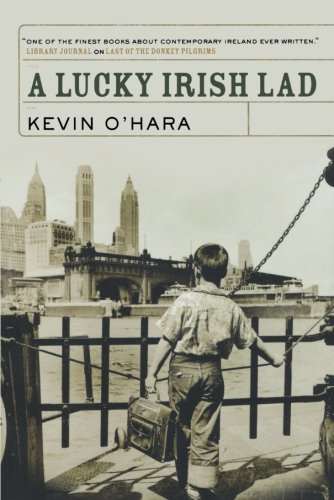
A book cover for A Lucky Irish Lad; Kevin O'Hara; Biographies & Memoirs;